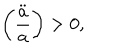
\left( \frac { \ddot { a } } { a } \right) > 0 ,